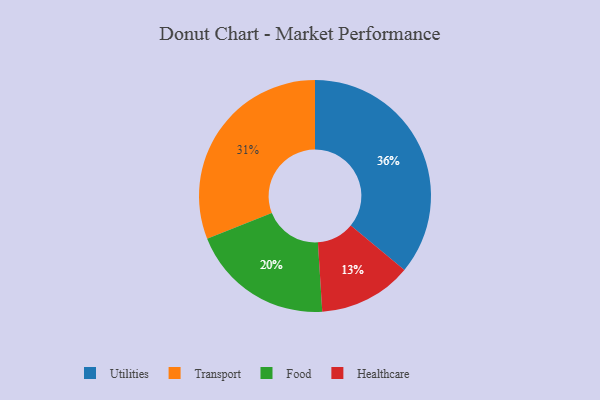
{"axis": {"x": "Category", "y": "Percentage"}, "legend": ["Food", "Healthcare", "Transport", "Utilities"], "data": [{"x": "Transport", "y": 31, "type": "Transport"}, {"x": "Healthcare", "y": 13, "type": "Healthcare"}, {"x": "Food", "y": 20, "type": "Food"}, {"x": "Utilities", "y": 36, "type": "Utilities"}]}